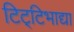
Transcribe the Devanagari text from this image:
टिट्‌टिभाद्या